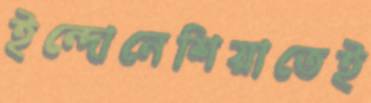
ইন্দোনেশিয়াতেই